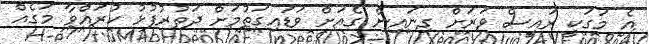
އެ މަގަކީ ރައީސް ވަރަށް ގިނައިން ގެއަށް ވަޑައިގަތުމަށް ދަތުރުފުޅު ކުރައްވާ މަގެއް